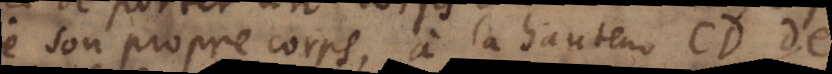
ire son propre corps, à la hauteur CD d